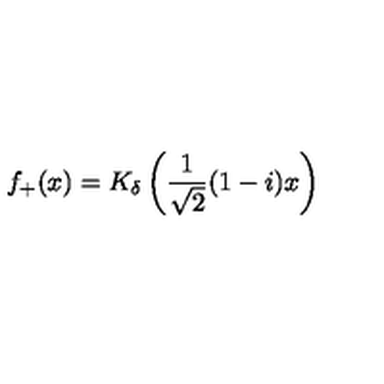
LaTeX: f _ { + } ( x ) = K _ { \delta } \left( \frac { 1 } { \sqrt { 2 } } ( 1 - i ) x \right)